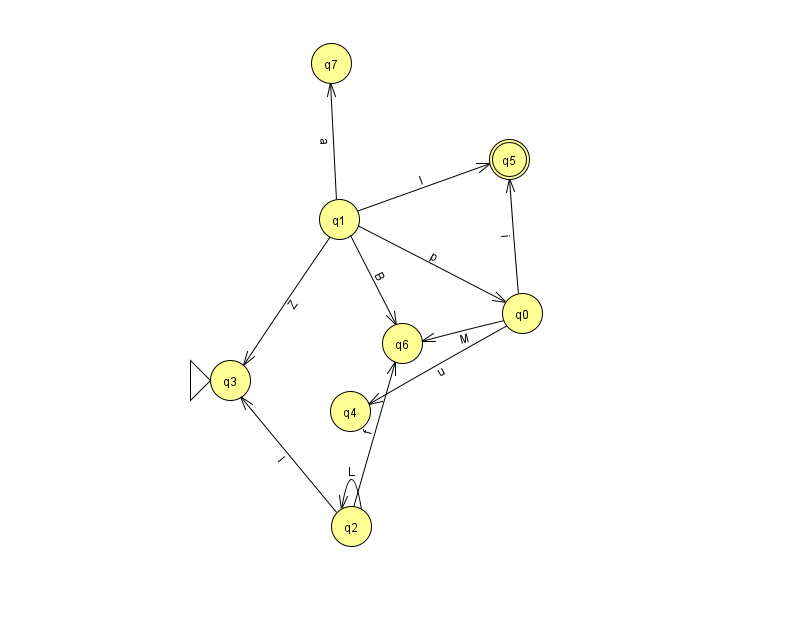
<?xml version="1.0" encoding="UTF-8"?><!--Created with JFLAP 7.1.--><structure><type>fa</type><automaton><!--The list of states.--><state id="0" name="q0"><x>522.0</x><y>300.0</y></state><state id="1" name="q1"><x>339.0</x><y>206.0</y></state><state id="2" name="q2"><x>351.0</x><y>513.0</y></state><state id="3" name="q3"><x>230.0</x><y>367.0</y><initial/></state><state id="4" name="q4"><x>350.0</x><y>398.0</y></state><state id="5" name="q5"><x>509.0</x><y>146.0</y><final/></state><state id="6" name="q6"><x>402.0</x><y>330.0</y></state><state id="7" name="q7"><x>331.0</x><y>50.0</y></state><!--The list of transitions.--><transition><from>0</from><to>5</to><read>i</read></transition><transition><from>1</from><to>3</to><read>Z</read></transition><transition><from>2</from><to>3</to><read>l</read></transition><transition><from>0</from><to>6</to><read>M</read></transition><transition><from>1</from><to>0</to><read>p</read></transition><transition><from>1</from><to>5</to><read>l</read></transition><transition><from>0</from><to>4</to><read>u</read></transition><transition><from>2</from><to>2</to><read>L</read></transition><transition><from>2</from><to>6</to><read>f</read></transition><transition><from>1</from><to>6</to><read>B</read></transition><transition><from>1</from><to>7</to><read>a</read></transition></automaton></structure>